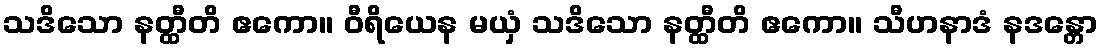
သဒိသော နတ္ထီတိ ဧကော။ ဝီရိယေန မယှံ သဒိသော နတ္ထီတိ ဧကော။ သီဟနာဒံ နဒန္တော